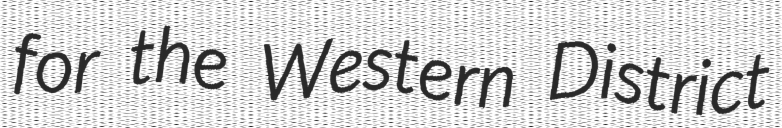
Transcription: for the Western District